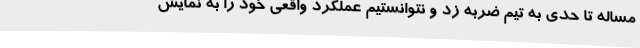
مساله تا حدی به تیم ضربه زد و نتوانستیم عملکرد واقعی خود را به نمایش